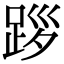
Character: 𨀨